Insane asylums in Bengal annual reports 1876-1887 - 1876-1887
Year: 1876
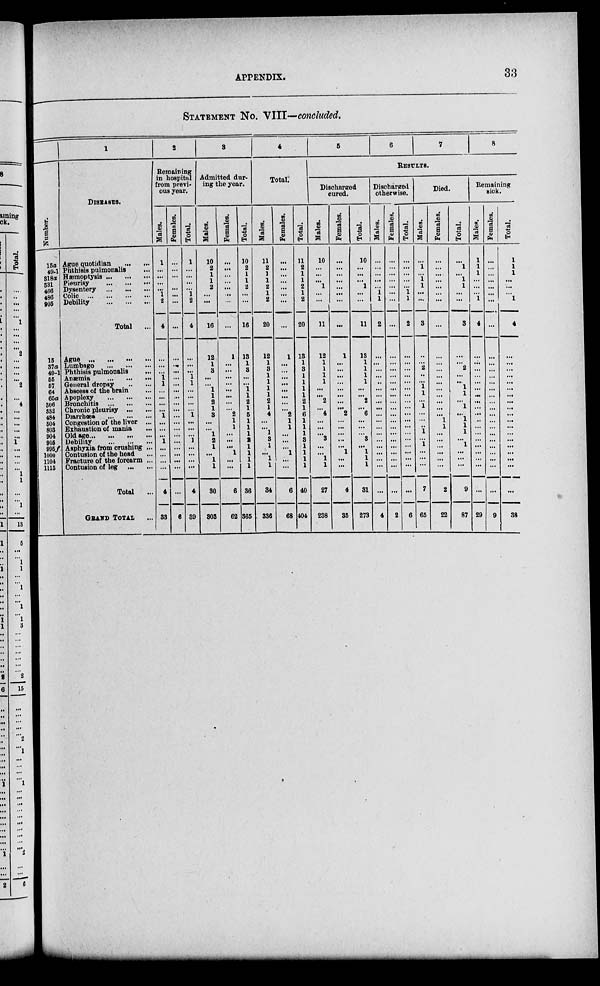
APPENDIX.
33
STATEMENT No. VIII—concluded.
Number.
15a
49-1
318a
331
466
486
905
15
37a
49-1
65
57
64
65a
306
332
484
604
803
904
905
995f
1000
1104
1115
1
DISEASES.
Ague quotidian
...
...
Phthisis pulmonalis ...
Hæmoptysis ... ... ...
Pieurisy
...
...
...
Dysentery
...
...
...
Colic
...
...
...
...
Debility
...
...
...
Total ...
Ague
...
...
...
...
Lumbago
...
...
...
Phthisis pulmonalis ...
Anæmia ... ... ...
General dropsy
...
...
Abscess of the brain ...
Apoplexy ... ... ...
Bronchitis ... ... ...
Chronic pleurisy
...
...
Diarrhœa ... ... ...
Congestion of the liver ...
Exhaustion of mania ...
Old age ... ... ... ...
Debility
...
...
...
Asphyxia from crushing ...
Contusion of the head ...
Fracture of the forearm ...
Contusion of leg
...
...
Total ...
GRAND TOTAL ...
2
Remaining
in hospital
from previ-
ous year.
Males.
1
...
...
...
...
1
2
4
...
...
...
1
1
...
...
...
...
1
...
...
...
1
...
...
...
...
4
33
Females.
...
...
...
...
...
...
...
...
...
...
...
...
...
...
...
...
...
...
...
...
...
...
...
...
...
...
...
6
Total.
1
...
...
...
...
1
2
4
...
...
...
1
1
...
...
...
...
1
...
...
...
1
...
...
...
...
4
39
3
Admitted dur-
ing the year.
Males.
10
2
1
1
2
...
...
16
12
1
3
...
...
1
1
2
1
3
...
...
1
2
1
...
1
1
30
303
Females.
...
...
...
...
...
...
...
...
1
...
...
...
...
...
...
...
...
2
1
1
...
...
...
1
...
...
6
62
Total.
10
2
1
1
2
...
...
16
13
1
3
...
...
1
1
2
1
5
1
1
1
2 1
1
1
1
36
365
4
Total.
Males.
11
2
1
1
2
1
2
20
12
1
3
1
1
1
1
2
1
4
...
...
1
3
1
...
1
1
34
336
Females.
...
...
...
...
...
...
...
...
1
...
...
...
...
...
...
...
...
2
1
1
...
...
...
1
...
...
6
68
Total.
11
2
1
1
2
1
2
20
13
1
3
...
...
...
...
...
...
...
...
...
...
...
...
...
...
...
40
404
5
6
7
8
RESULTS.
Discharged
cured.
Males.
10
...
...
...
1
...
...
11
12
1
1
1
1
...
...
2
...
4
...
...
...
3
...
...
1
1
27
238
Females.
...
...
...
...
...
...
...
......
1
...
...
...
...
...
...
...
...
2
...
...
...
...
...
1
...
...
4
35
Total.
10
...
...
...
1
...
...
11
13
1
1
1
1
...
...
2
...
6
...
...
...
3
...
1
1
1
31
273
Discharged
otherwise.
Males.
...
...
...
...
...
1
1
2
...
...
...
...
..
...
...
...
...
...
...
...
...
...
...
...
...
...
...
4
Females.
...
...
...
...
...
...
...
...
...
...
...
...
...
...
...
...
...
...
...
...
...
...
...
...
...
...
2
Total.
...
...
...
...
...
1
1
2
...
...
...
...
...
...
...
...
...
...
...
...
...
...
...
...
...
...
...
6
Died.
Males.
...
1
...
1
1
...
...
3
...
...
2
...
...
1
1
...
1
...
...
...
1
...
1
...
...
...
7
65
Females.
...
...
...
...
...
...
...
...
...
...
...
...
...
...
...
...
...
...
1
1
...
...
...
...
...
...
2
22
Total.
...
1
...
1
1
...
...
3
...
...
2
...
...
1
1
...
1
...
1
1
1
...
1
...
...
...
9
87
Remaining
sick.
Males.
1
1
1
...
...
...
1
4
...
...
...
...
...
...
...
...
...
...
...
...
...
...
...
...
...
...
...
29
Females.
...
...
...
...
...
...
...
...
...
...
...
...
...
...
...
...
...
...
...
...
...
...
...
...
...
...
...
9
Total.
1
1
1
...
...
...
1
4
...
...
...
...
...
...
...
...
...
...
...
...
...
...
...
...
...
...
...
38